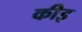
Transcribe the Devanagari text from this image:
कीइ